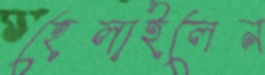
হেলাইলেন